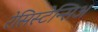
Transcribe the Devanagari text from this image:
रेसिस्टेन्सिअ